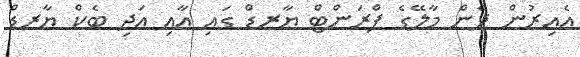
އެއިރުން ދެން މާލޭގެ ފްރަންޓް ޔާރޑް ގައި އާއި އަދި ބެކް ޔާރޑް